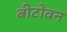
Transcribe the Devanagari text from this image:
बीटोवन